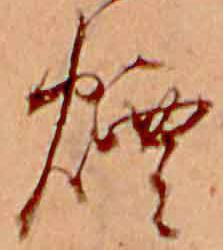
煙